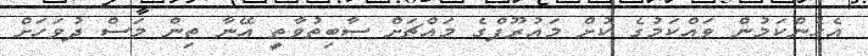
އެހެންކަމުން ވައްކަމުގެ ކުށް މައުރޫފްގެ މައްޗަށް ސާބިތުވާތީ އޭނާ ތިން މަސް ދުވަހަށް